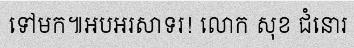
ទៅមក៕អបអរសាទរ! លោក សុខ ជំនោរ